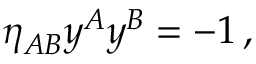
\eta _ { A B } ^ { } y ^ { A } y ^ { B } = - 1 \, ,